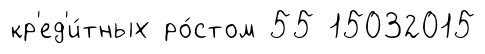
кр'ед'и́тных ро́стом 55 15032015